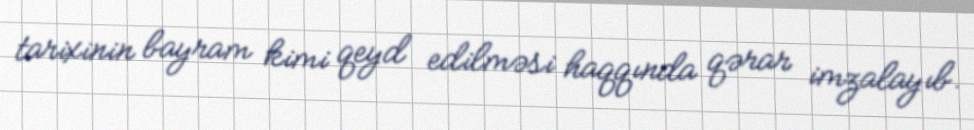
tarixinin bayram kimi qeyd edilməsi haqqında qərar imzalayıb.